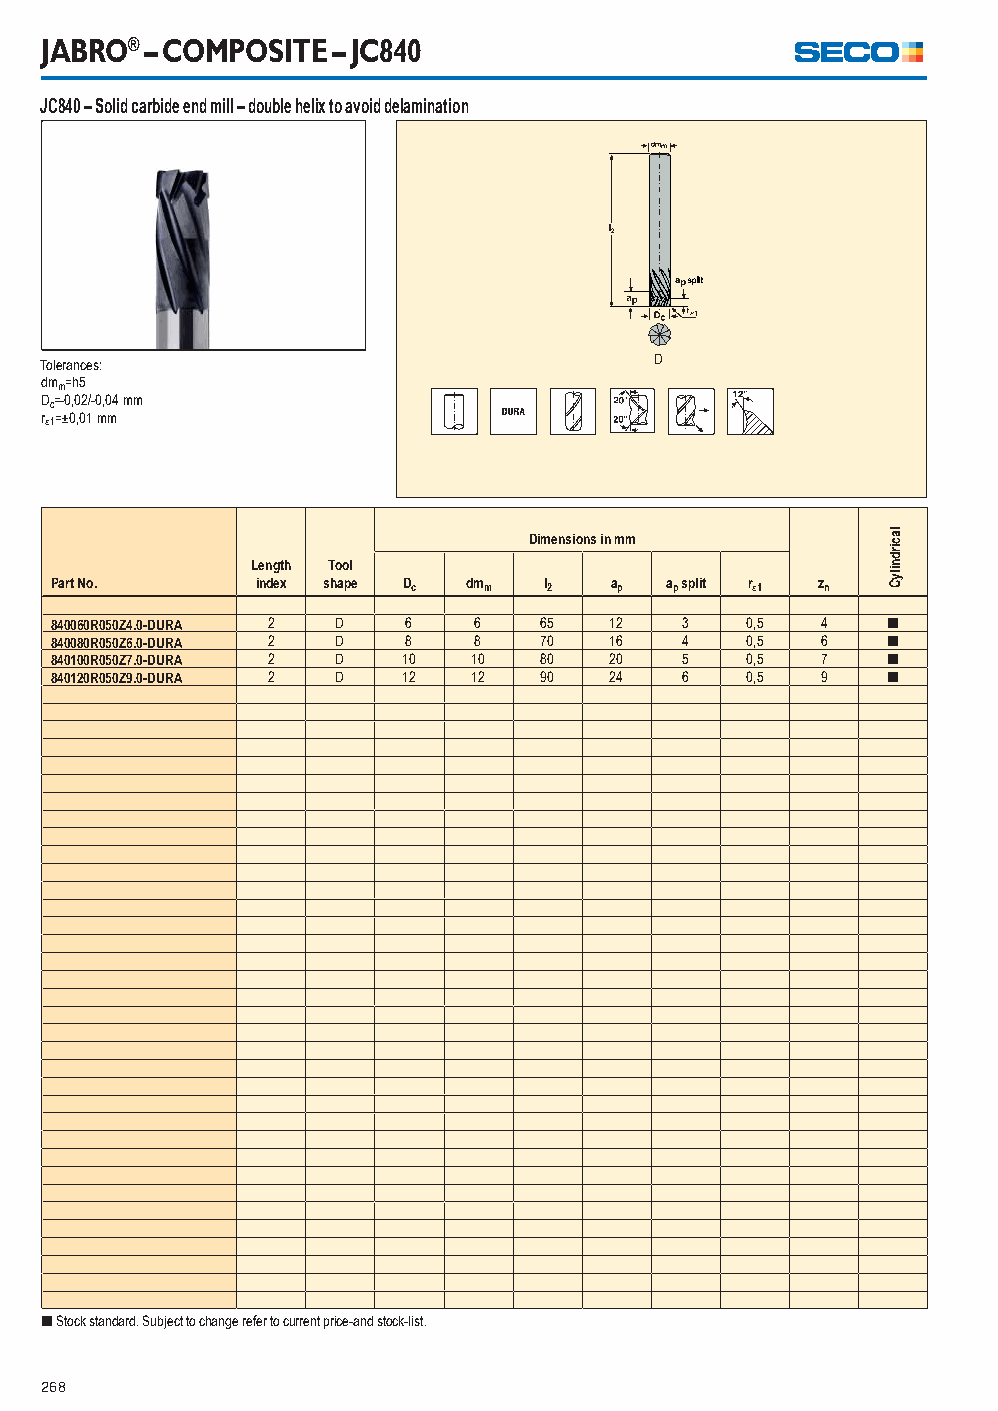
JABRO® – COMPOSITE – JC840
 JC840 – Solid carbide end mill – double helix to avoid delamination
 Tolerances:                             D
 dmm=h5
 Dc=-0,02/-0,04 mm
 r1=±0,01 mm
 Dimensions in mm
 Length Tool
 Part No.      index shape Dc dmm l2  ap  ap split r1 zn
 840060R050Z4.0-DURA 2 D 6   6    65  12   3   0,5  4    [
 840080R050Z6.0-DURA 2 D 8   8    70  16   4   0,5  6    [
 840100R050Z7.0-DURA 2 D 10  10   80  20   5   0,5  7    [
 840120R050Z9.0-DURA 2 D 12  12   90  24   6   0,5  9    [
 [ Stock standard. Subject to change refer to current price-and stock-list.
 268
 lacirdnilyC